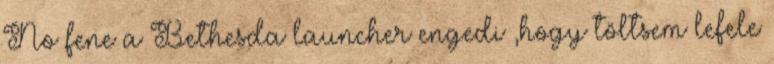
No fene a Bethesda launcher engedi ,hogy töltsem lefele